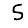
Digit: 5